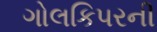
ગોલકિપરની